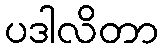
ပဒါလိတာ